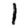
Digit: 1